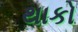
થાકો